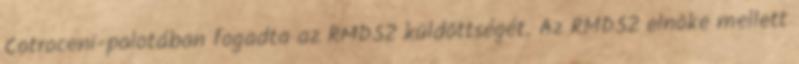
Cotroceni-palotában fogadta az RMDSZ küldöttségét. Az RMDSZ elnöke mellett